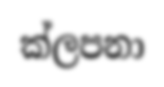
ක්ලපනා